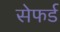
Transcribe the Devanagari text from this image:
सेफर्ड